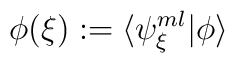
\phi({\xi}) := \langle \psi^{ml}_{{\xi}} \vert \phi \rangle